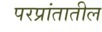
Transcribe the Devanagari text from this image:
परप्रांतातील